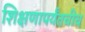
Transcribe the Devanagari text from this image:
शिक्षणापर्यंतचीच